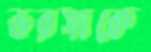
ভরসাকে